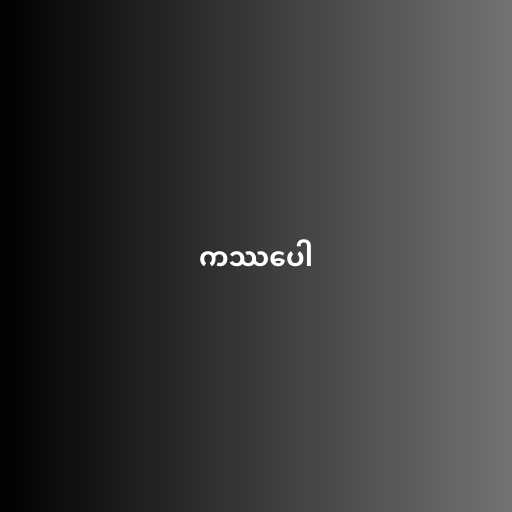
ကဿပေါ